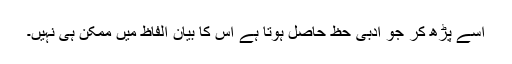
اسے پڑھ کر جو ادبی حظ حاصل ہوتا ہے اس کا بیان الفاظ میں ممکن ہی نہیں۔